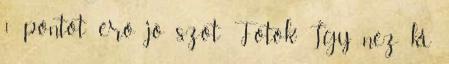
1 pontot érő jó szót Fotók Így néz ki